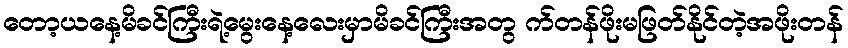
တော့ယနေ့မိခင်ကြီးရဲ့မွေးနေ့လေးမှာမိခင်ကြီးအတွ က်တန်ဖိုးမဖြတ်နိုင်တဲ့အဖိုးတန်